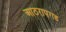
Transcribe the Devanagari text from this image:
आठरापगड